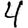
Digit: 4